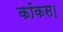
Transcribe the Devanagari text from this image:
कॉकस।